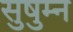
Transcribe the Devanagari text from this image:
सुषुम्न